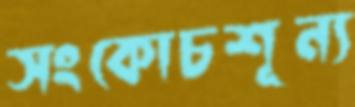
সংকোচশূন্য